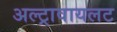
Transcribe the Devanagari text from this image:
अल्ट्रावायलट